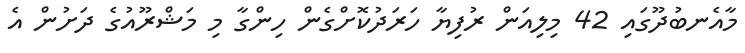
މާއެނބުދޫގައި 42 މިލިއަން ރުފިޔާ ހަރަދުކޮށްގެން ހިންގާ މި މަޝްރޫއުގެ ދަށުން އެ